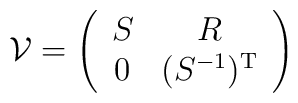
{\cal{V}} =\left( \begin{array}{cc}S & R \\0 & (S^{-1})^{\rm T} \end{array} \right)